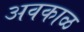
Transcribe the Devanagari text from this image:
अवकाळ